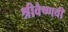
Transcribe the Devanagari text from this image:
श्रीवैष्णवी